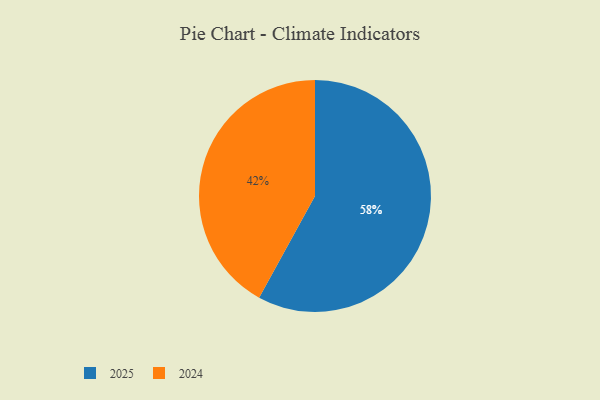
{"axis": {"x": "Category", "y": "Percentage"}, "legend": ["2024", "2025"], "data": [{"x": "2024", "y": 42, "type": "2024"}, {"x": "2025", "y": 58, "type": "2025"}]}